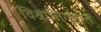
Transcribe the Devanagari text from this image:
विश्रांतिगृहात